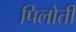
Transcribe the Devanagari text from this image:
पिलोती